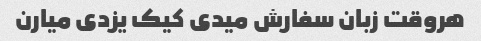
هروقت زبان سفارش میدی کیک یزدی میارن